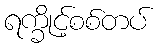
ရက္ခိုင့်စစ်တပ်